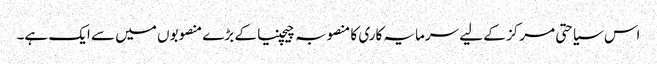
اس سیاحتی مرکز کے لیے سرمایہ کاری کا منصوبہ چیچنیا کے بڑے منصوبوں میں سے ایک ہے۔